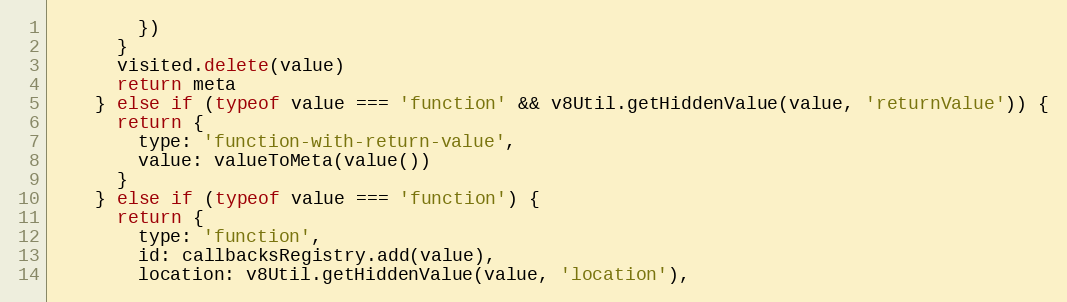
Language: JavaScript
        })
      }
      visited.delete(value)
      return meta
    } else if (typeof value === 'function' && v8Util.getHiddenValue(value, 'returnValue')) {
      return {
        type: 'function-with-return-value',
        value: valueToMeta(value())
      }
    } else if (typeof value === 'function') {
      return {
        type: 'function',
        id: callbacksRegistry.add(value),
        location: v8Util.getHiddenValue(value, 'location'),